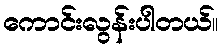
ကောင်းလွန်းပါတယ်။